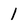
Character: 1